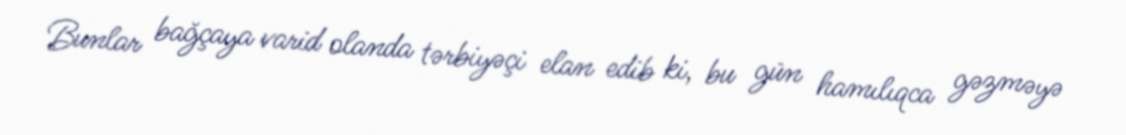
Bunlar bağçaya varid olanda tərbiyəçi elan edib ki, bu gün hamılıqca gəzməyə